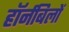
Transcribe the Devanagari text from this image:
हॉर्नबिलों